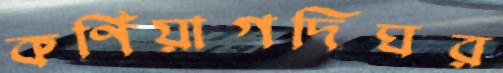
কর্ণিয়াগদিঘর